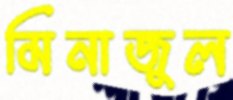
মিনাজুল